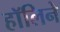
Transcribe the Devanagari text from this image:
हॉलिने